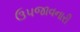
ઉપજાવનારી